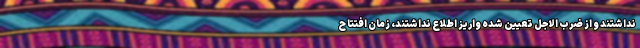
نداشتند و از ضرب الاجل تعیین شده واریز اطلاع نداشتند، زمان افتتاح